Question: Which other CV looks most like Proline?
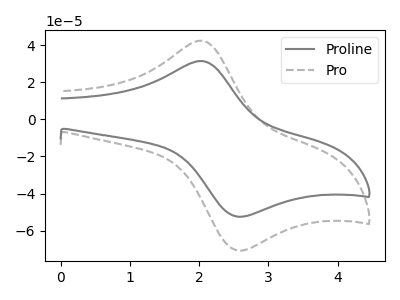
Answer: <think>The gray curve "Proline" has an anodic peak at (2.00V, 31.55uA) and a cathodic peak at (2.55V, -52.40uA). The gray dashed curve "Pro" has an anodic peak at (2.00V, 42.55uA) and a cathodic peak at (2.55V, -70.65uA).
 All the peaks in "Proline" have a peak in "Pro" at the same potential. Every peak in "Proline" is lower than every peak in "Pro".</think>
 <answer>The CV with the most similar shape to "Pro" is "Proline".</answer>
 <eval>"Proline"</eval>